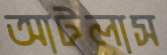
আটলাস